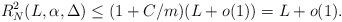
LaTeX: \begin{align*} R_N^2(L,\alpha,\Delta)\leq(1+C/m)(L+o(1))=L+o(1).\end{align*}